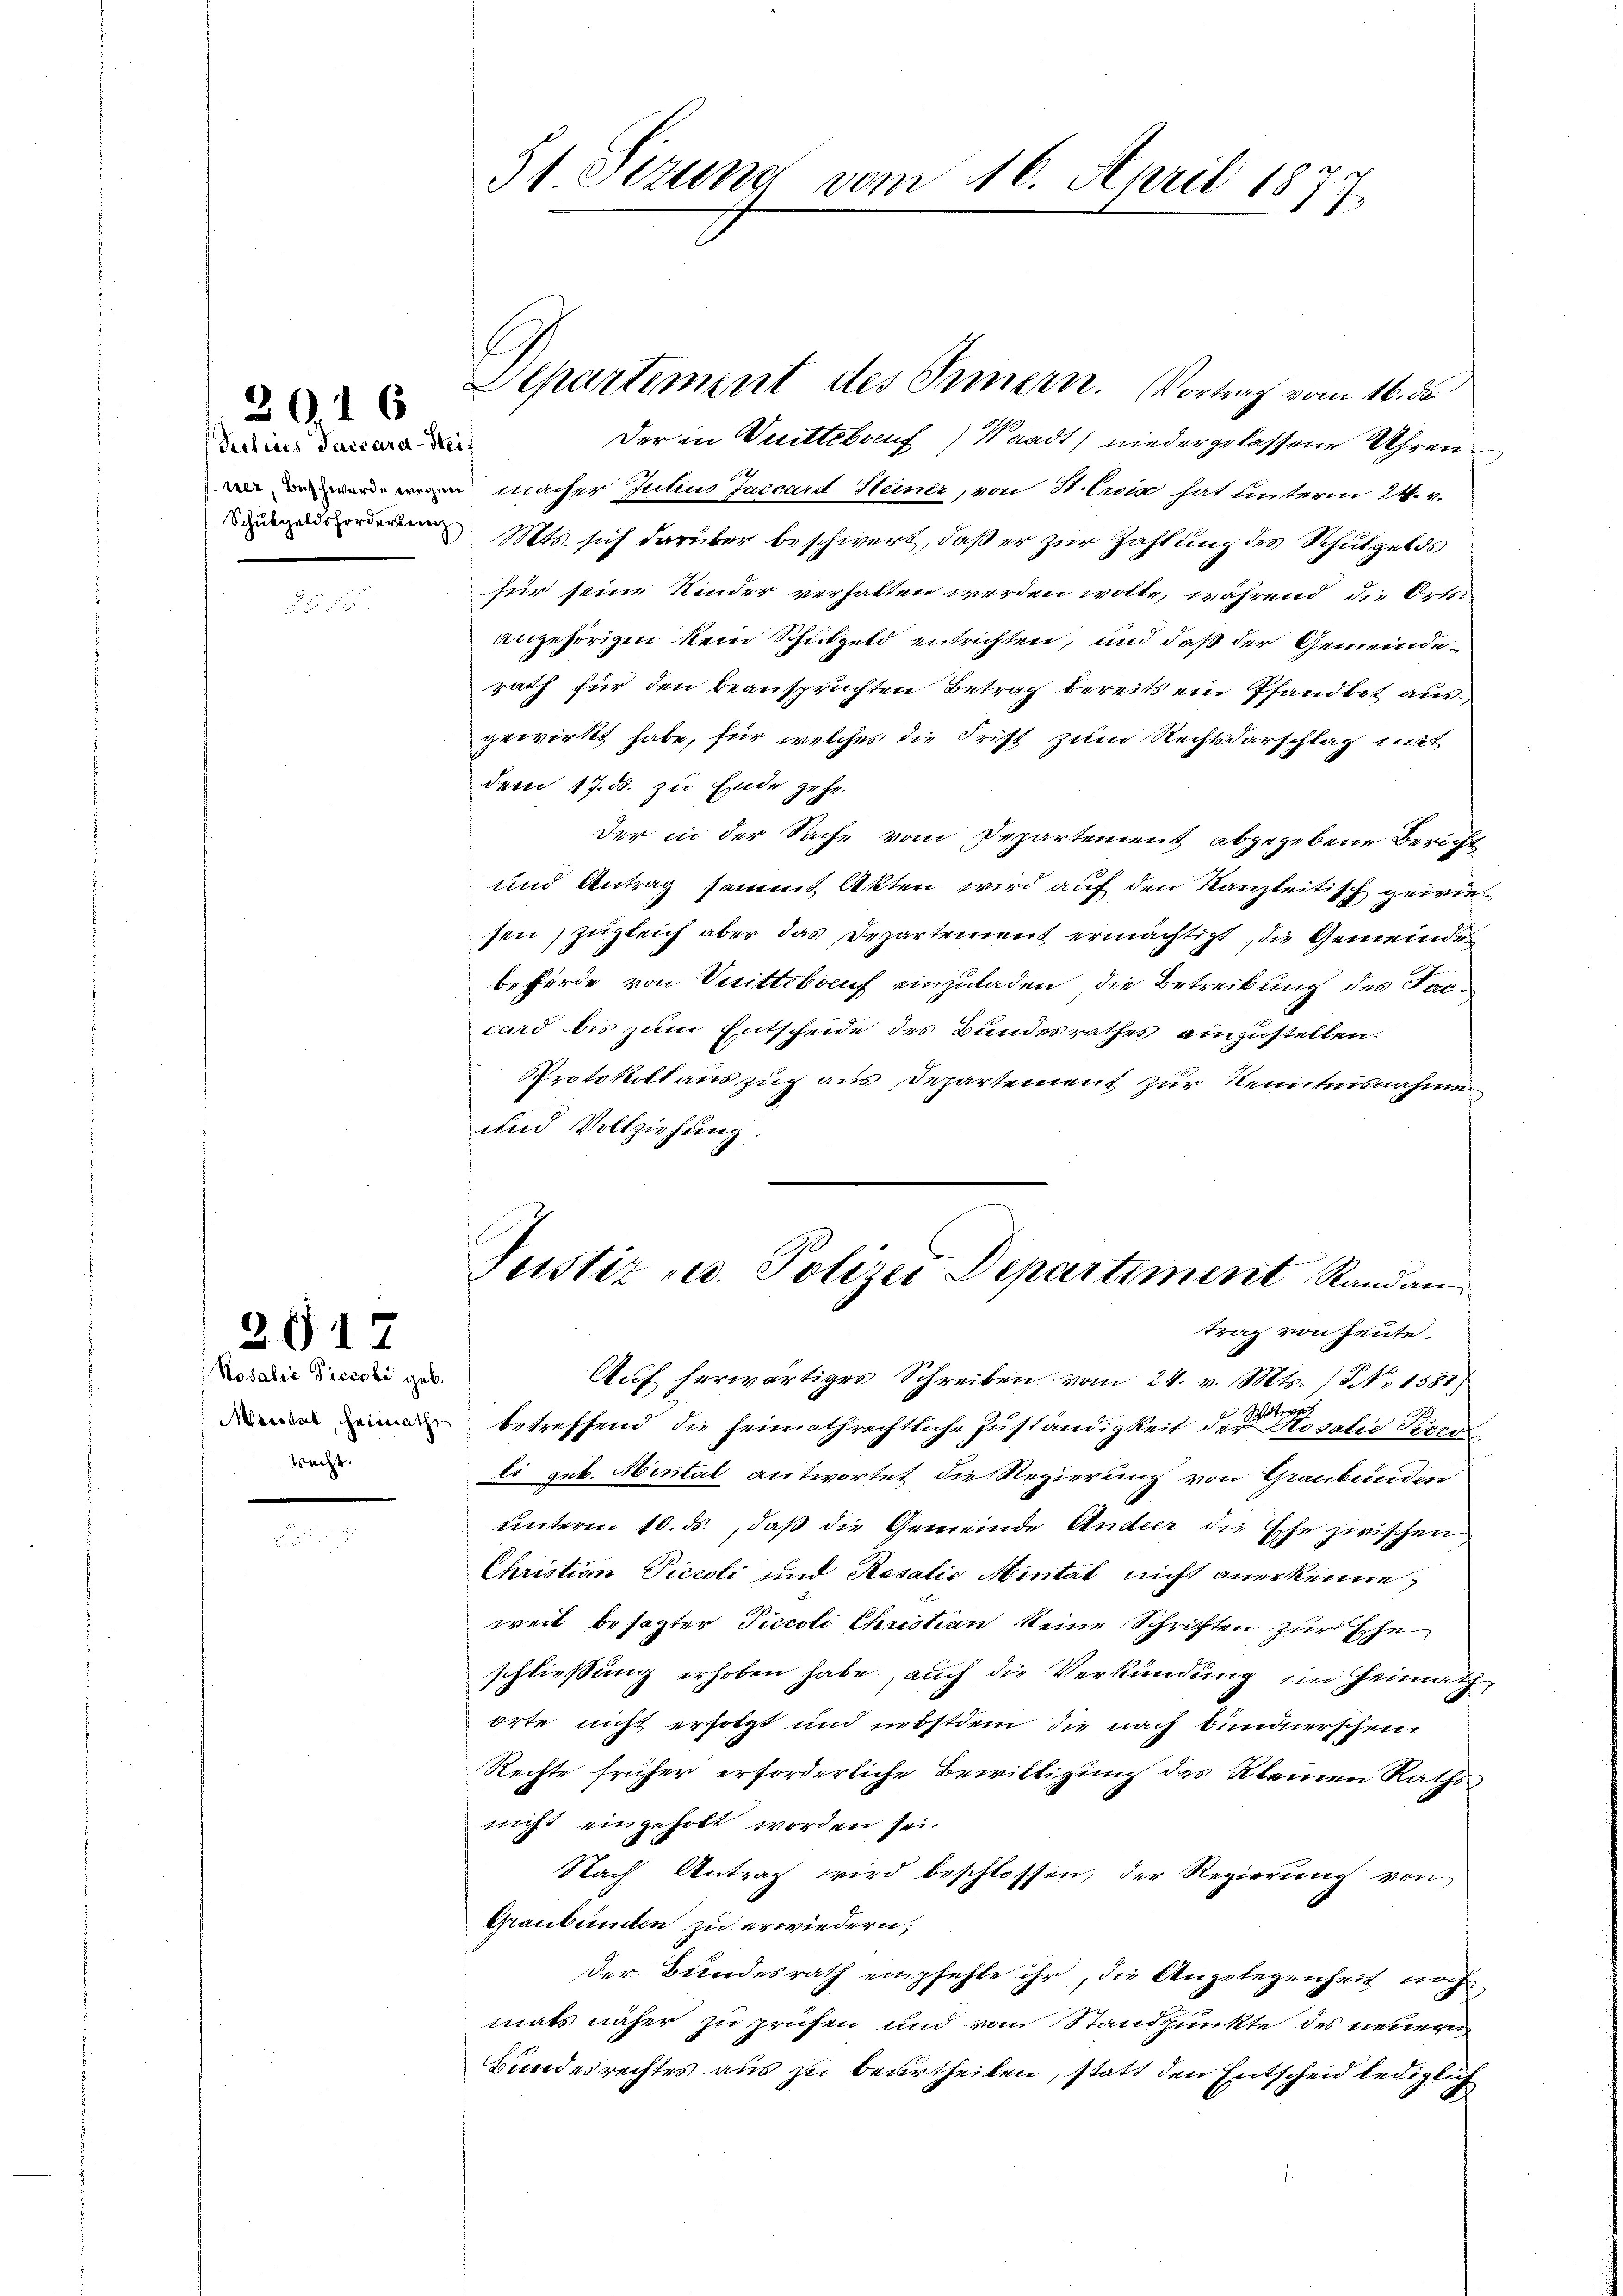
Julius Paccara-Stei¬

2016

Rosalić Piccobi geb.
wacht.

2617

31 Sizung vom 16. April 1877.

Der in Drittelauf Waadt) niedergelassene Uhren
 denn macher Jutius Jaccard-Steiner, von St. Erdia hat unterm 24. v.
 Mts. sich darüber beschwert, daß er zur Zahlung des Schulgelds
für seine Kinder verhalten werden wolle, während die Ortei
angehörigen kein Schützeld entrichten, und daß der Gemeinderath für den beansprüchten Betrag bereits ein Pfandbot ausgewirkt habe, für welches die Frist zum Rechtsdarschlag sitt
dem 17. ds. zu Ende gehe.
Der in der Sache vom Departement abgegebene Bericht
und Antrag sammt Akten wird auf den Kanzleitisch gewiesen, zugleich aber das Departement ermächtigt, die Gemeindes
beförde von Mittelauf einzuladen, die Betreibung des Facu
card bis zum Entscheide des Bundesrathes einzustellen.
Protokoll auszug aus Departement zur Kenntnisnahme
und Vollziehung.
Justiz u. Polizei Departiment Randan
trag von heute.
Aŭf herwärtiges Schreiben vom 24. v. Mts. S. 1381)
as betreffend die heimathrechtliche Zuständigkeit der Rosalie Piper
li geb. Mintal antwortet die Regierung von Graubünden
unterm 10. ds., daß die Gemeinde Ander die Ehe zwischen
Christian Piccoli und Rosalić Mintal nicht anerkenne,
weit besagter Piccoli Christian keine Schriften zur Ehe
schließung erhoben habe, auch die Verkündung im Heimath
orte nicht ersetzt und nebstdem die nach bundnerschein
Rechte früher erforderliche Bewilligung des Kleinen Rathsnicht eingeholt worden sei.
Nach Antrag wird beschlossen, der Regierŭng von
Graubünden zu erwiedern;
Der Bundesrath empfehle ihr, die Angelegenheit noch
mats näher zu prüfen und vom Standpunkte des neuern
Bundesrechtes aus zu beurtheilen, statt den Entscheid lediglich

Departement des Innern. Vortrag vom 16. ds